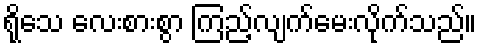
ရိုသေ လေးစားစွာ ကြည့်လျက်မေးလိုက်သည်။